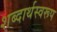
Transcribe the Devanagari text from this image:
शब्दार्थस्वरूप